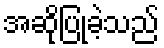
အဆိုပြုခဲ့သည်